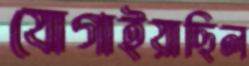
যোগাইয়াছিল